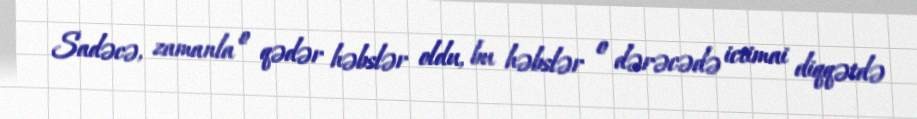
Sadəcə, zamanla o qədər həbslər oldu, bu həbslər o dərəcədə ictimai diqqətdə